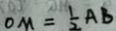
O M = \frac { 1 } { 2 } A B